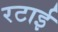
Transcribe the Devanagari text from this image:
रटाई